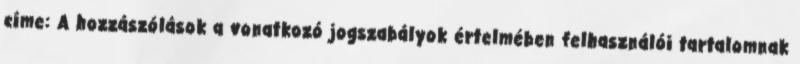
címe: A hozzászólások a vonatkozó jogszabályok értelmében felhasználói tartalomnak